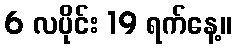
6 လပိုင်း 19 ရက်နေ့။